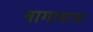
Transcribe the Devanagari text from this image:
नागाबाबा